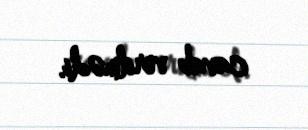
cavab verilmədi.